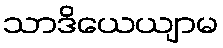
သာဒိယေယျာမ